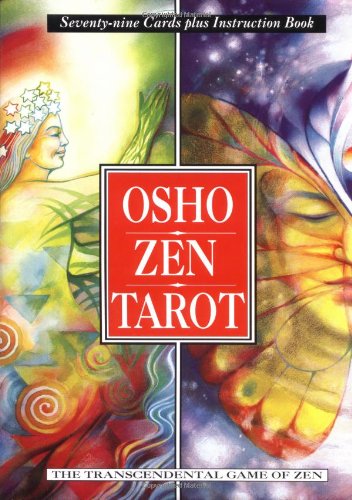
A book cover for Osho Zen Tarot: The Transcendental Game Of Zen; Osho; Politics & Social Sciences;